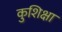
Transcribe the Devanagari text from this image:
कुशिक्षा